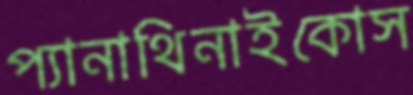
প্যানাথিনাইকোস